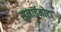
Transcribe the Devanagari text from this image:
सुनाईमोटा